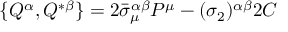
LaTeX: \{ Q ^ { \alpha } , Q ^ { * \beta } \} = 2 \bar { \sigma } _ { \mu } ^ { \alpha \beta } P ^ { \mu } - ( \sigma _ { 2 } ) ^ { \alpha \beta } 2 C